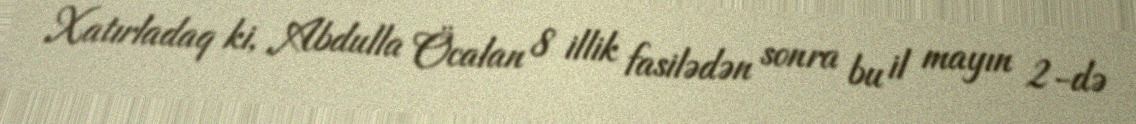
Xatırladaq ki, Abdulla Öcalan 8 illik fasilədən sonra bu il mayın 2-də